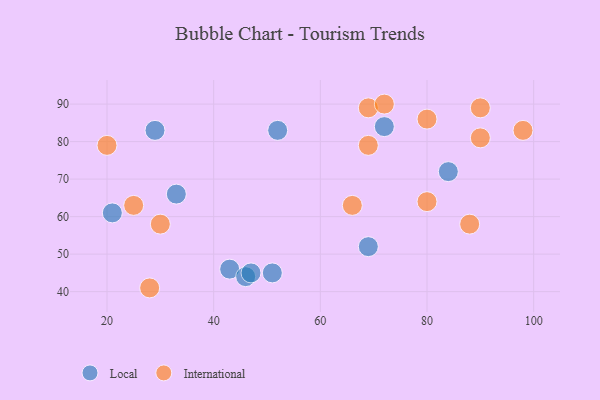
{"axis": {"x": "GDP", "y": "Life Expectancy"}, "legend": ["International", "Local"], "data": [{"x": "43", "y": 46, "type": "Local"}, {"x": "72", "y": 84, "type": "Local"}, {"x": "46", "y": 44, "type": "Local"}, {"x": "51", "y": 45, "type": "Local"}, {"x": "29", "y": 83, "type": "Local"}, {"x": "69", "y": 52, "type": "Local"}, {"x": "33", "y": 66, "type": "Local"}, {"x": "21", "y": 61, "type": "Local"}, {"x": "52", "y": 83, "type": "Local"}, {"x": "84", "y": 72, "type": "Local"}, {"x": "47", "y": 45, "type": "Local"}, {"x": "90", "y": 81, "type": "International"}, {"x": "20", "y": 79, "type": "International"}, {"x": "88", "y": 58, "type": "International"}, {"x": "25", "y": 63, "type": "International"}, {"x": "28", "y": 41, "type": "International"}, {"x": "98", "y": 83, "type": "International"}, {"x": "30", "y": 58, "type": "International"}, {"x": "66", "y": 63, "type": "International"}, {"x": "69", "y": 79, "type": "International"}, {"x": "80", "y": 64, "type": "International"}, {"x": "90", "y": 89, "type": "International"}, {"x": "69", "y": 89, "type": "International"}, {"x": "80", "y": 86, "type": "International"}, {"x": "72", "y": 90, "type": "International"}]}